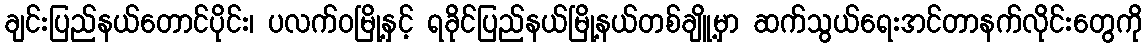
ချင်းပြည်နယ်တောင်ပိုင်း၊ ပလက်၀မြို့နှင့် ရခိုင်ပြည်နယ်မြို့နယ်တစ်ချိူ့မှာ ဆက်သွယ်ရေးအင်တာနက်လိုင်းတွေကို